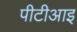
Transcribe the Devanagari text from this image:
पीटीआइ